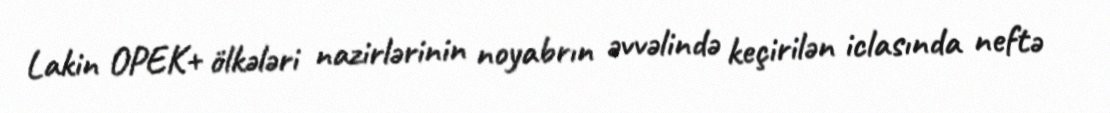
Lakin OPEK+ ölkələri nazirlərinin noyabrın əvvəlində keçirilən iclasında neftə